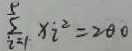
\sum _ { i = 1 } ^ { 5 } x _ { i } ^ { 2 } = 2 \theta 0